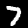
Label: 7